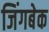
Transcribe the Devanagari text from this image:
जिंगबेक